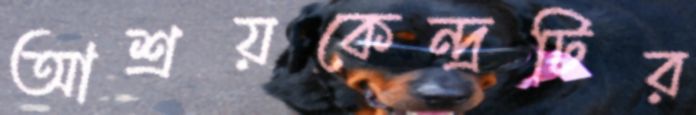
আশ্রয়কেন্দ্রটির